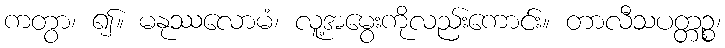
ကတွာ၊ ၍။ မနုဿလောမံ၊ လူ့အမွေးကိုလည်းကောင်း။ တာလီသပတ္တဉ္စ၊